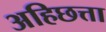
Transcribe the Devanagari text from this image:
अहिछत्ता